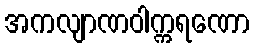
အကလျာဏဝါက္ကရဏော